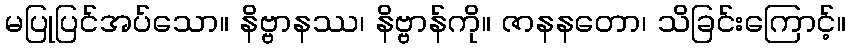
မပြုပြင်အပ်သော။ နိဗ္ဗာနဿ၊ နိဗ္ဗာန်ကို။ ဇာနနတော၊ သိခြင်းကြောင့်။